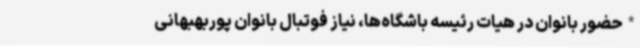
*حضور بانوان در هیات رئیسه باشگاه‌ها، نیاز فوتبال بانوان پوربهبهانی